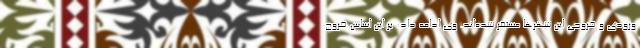
ورودی و خروجی این شهرها مستقر شده‌اند. وی ادامه داد: بر این اساس خروج